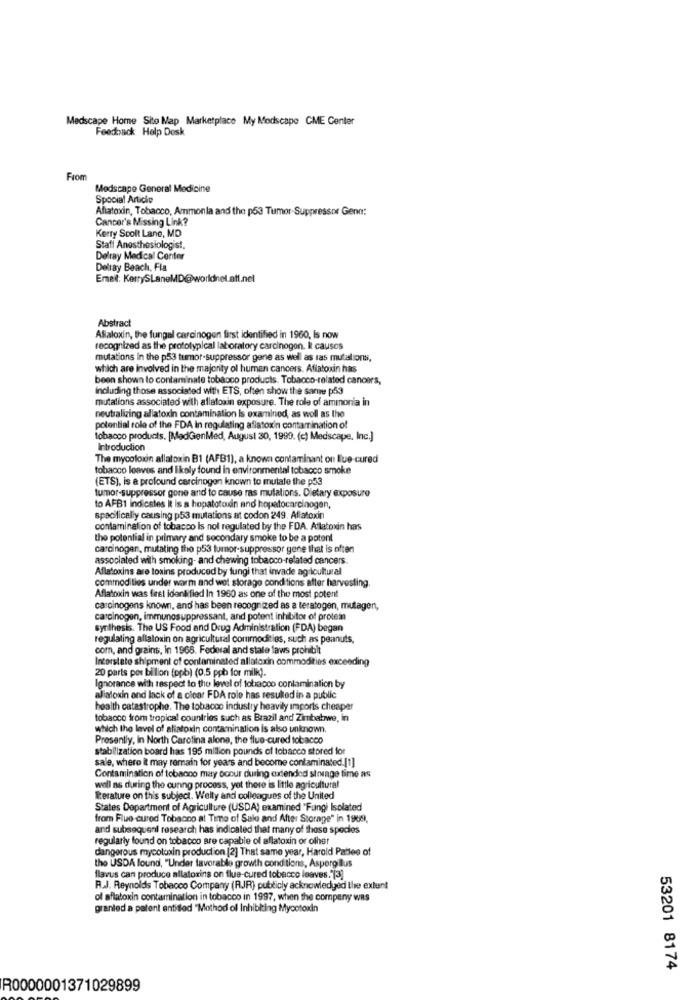
Medscape Home Site Map Marketplace My Modscape CME Center
Feedback Help Desk
From
Medscape General Medicine
Spocial Article
Aflatoxin, Tobacco, Ammonla and the p53 Tumor Suppressor Genn:
Cancer's Missing Link?
Kerry Scolt Lane, MD
Staff Anesthesiologist,
Delray Medical Center
Delray Beach, Fla
Email: KerrySLaneMD@worldnel.att.nel
Abstract
Allaloxin, the fungal carcinogen first identified in 1960, Is now
recognized as the prototypical laboratory carcinogen. k causes
mutations In the p53 tumor-suppressor gene as well as tas mutalions,
which are involved in the majority of human cancers. Aflatoxin has
been shown to contaminate tobacco products. Tobacco-related cancers,
including those associated with ETS, often show the same p53
mutations associated with aflatoxin exposure. The role of ammonia in
neutralizing aflatoxin contamination Is examined, as well as the
potential role of the FDA in regulating aflatoxin contamination of
tobacco products. [MadGenMed, August 30, 1999. (c) Medscape, Inc.]
Introduction
The mycotoxin allatoxin B1 (AFB1), a known contaminant ou Ilue-cured
tobacco leaves and likely found in environmental tobacco smoke
(ETS), is a profound carcinogen known to mutate the p53
tumor-suppressor gone and to cause ras mulations. Dietary exposure
to AFB1 indicates it is a hopatotoxin and hopatocarcinogen,
specifically causing p53 mutations at codon 249. Allatoxin
contamination of tobacco is nol regulated by the FDA. Aflatoxin has
the potential in primary and secondary smoke to be a potent
carcinogen, mutating the p53 tumor-suppressor gene that is often
associated with smoking- and chewing tobacco-related cancers.
Aflatoxins are toxins produced by fungi that invade agricultural
commodities under warm and wet storage conditions after harvesting.
Aflatoxin was first identified In 1960 as one of the most potent
carcinogens known, and has been recognized as a teratogen, mutagen,
carcinogen, immunosuppressant, and potent inhibitor of protein
synthesis. The US Food and Drug Administration (FDA) began
regulating allatoxin on agricultural commodities, such as peanuts,
com, and grains, in 1965. Federal and state laws prohibit
Incorstato shipment of contaminated allatoxin commodities exceeding
20 parts por bilion (ppb) (0.5 ppb for milk).
Ignorance with respect to the level of tobacco conlamination by
alialoxin and lack of a clear FDA role has resulted in a public
health catastrophe. The tobacco industry heavily imports cheaper
tobacco from tropical countries such as Brazil and Zimbabwe, in
which the level of aliatoxin contamination is also unknown
Presently, In North Carolina alone, the flue-cured tobacco
stabilization board has 195 million pounds of tobacco stored for
sale, where it may remain for years and become contaminated.[1]
Contamination of tobacco may occur during extended strage time as
well as during the cunng process, yet there is little agricultural
Ierature on this subject. Welly and colleagues of the United
States Department of Agriculture (USDA) examined "Fungi Isolated
from Flue cured Tobacco at Time of Sale and After Storage" in 1969,
and subsequent research has indicated that many of these species
regularly found on tobacco are capable of aflatoxin or ofher
dangerous mycotoxin production [2] That same year, Harold Patlee of
the USDA found, "Under favorable growth conditions, Aspergillus
flavus can produce allatorins on flue-cured tobacco leaves."[3]
R.J. Reynolds Tobacco Company (RJR) publicly acknowledged the extent
of aflatoxin contamination in tobacco in 1997, when the company was
granted a patent entitled "Mothod ol Inhibiting Mycotoxin
53201 8174
R0000001371029899